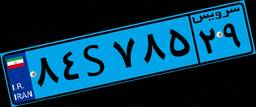
۸۴S۷۸۵۲۹